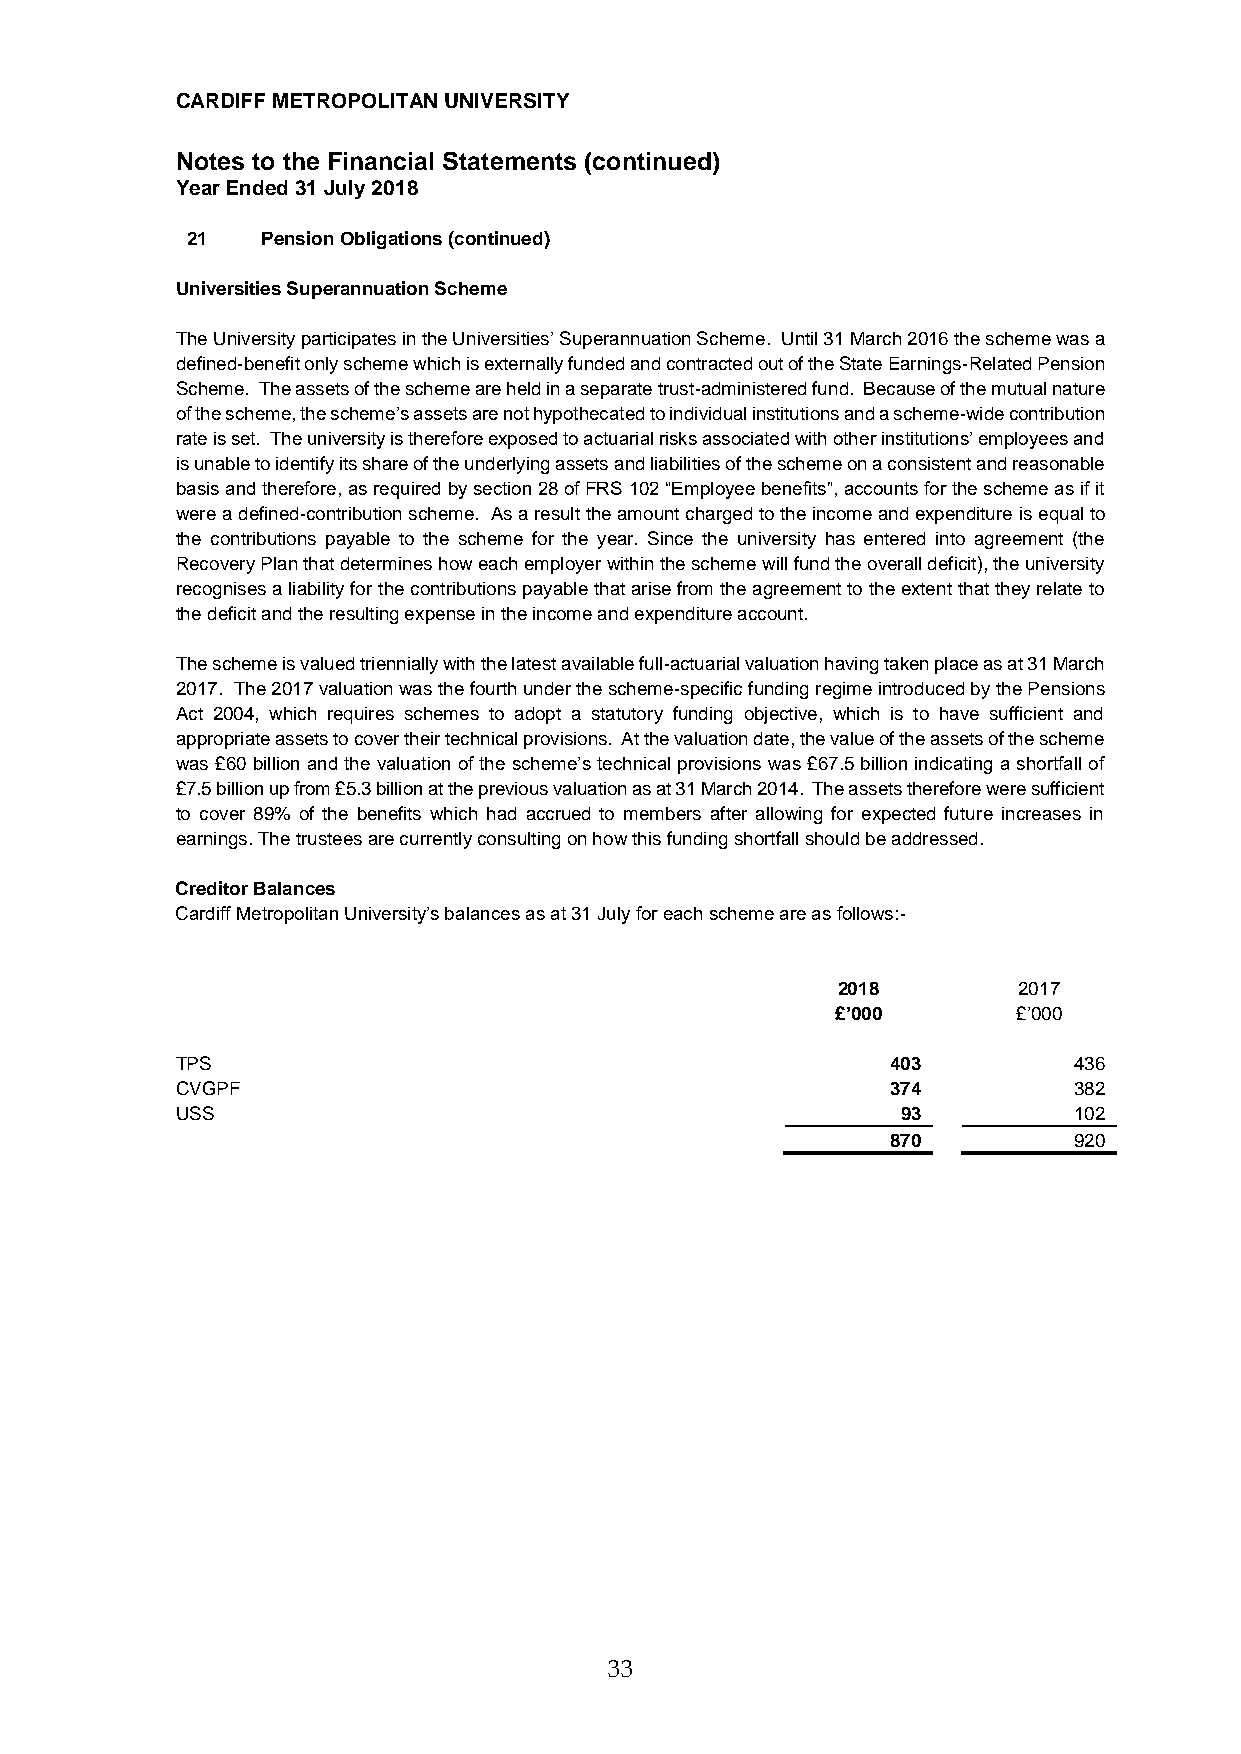
CARDIFF METROPOLITAN UNIVERSITY
 Notes to the Financial Statements (continued)
 Year Ended 31 July 2018
 21   Pension Obligations (continued)
 Universities Superannuation Scheme
 The University participates in the Universities’ Superannuation Scheme. Until 31 March 2016 the scheme was a
 defined-benefit only scheme which is externally funded and contracted out of the State Earnings-Related Pension
 Scheme. The assets of the scheme are held in a separate trust-administered fund. Because of the mutual nature
 of the scheme, the scheme’s assets are not hypothecated to individual institutions and a scheme-wide contribution
 rate is set. The university is therefore exposed to actuarial risks associated with other institutions’ employees and
 is unable to identify its share of the underlying assets and liabilities of the scheme on a consistent and reasonable
 basis and therefore, as required by section 28 of FRS 102 “Employee benefits”, accounts for the scheme as if it
 were a defined-contribution scheme. As a result the amount charged to the income and expenditure is equal to
 the contributions payable to the scheme for the year. Since the university has entered into agreement (the
 Recovery Plan that determines how each employer within the scheme will fund the overall deficit), the university
 recognises a liability for the contributions payable that arise from the agreement to the extent that they relate to
 the deficit and the resulting expense in the income and expenditure account.
 The scheme is valued triennially with the latest available full-actuarial valuation having taken place as at 31 March
 2017. The 2017 valuation was the fourth under the scheme-specific funding regime introduced by the Pensions
 Act 2004, which requires schemes to adopt a statutory funding objective, which is to have sufficient and
 appropriate assets to cover their technical provisions. At the valuation date, the value of the assets of the scheme
 was £60 billion and the valuation of the scheme’s technical provisions was £67.5 billion indicating a shortfall of
 £7.5 billion up from £5.3 billion at the previous valuation as at 31 March 2014. The assets therefore were sufficient
 to cover 89% of the benefits which had accrued to members after allowing for expected future increases in
 earnings. The trustees are currently consulting on how this funding shortfall should be addressed.
 Creditor Balances
 Cardiff Metropolitan University’s balances as at 31 July for each scheme are as follows:-
 2018        2017
 £’000       £’000
 TPS                                            403         436
 CVGPF                                          374         382
 USS                                             93         102
 870         920
 33